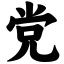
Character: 党